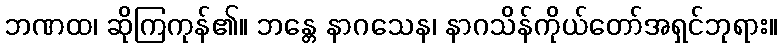
ဘဏထ၊ ဆိုကြကုန်၏။ ဘန္တေ နာဂသေန၊ နာဂသိန်ကိုယ်တော်အရှင်ဘုရား။